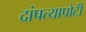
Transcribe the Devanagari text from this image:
दांपत्यापोटी